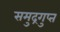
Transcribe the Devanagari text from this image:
समुद्रगुप्‍त